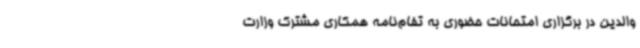
والدین در برگزاری امتحانات حضوری به تفام‌نامه همکاری مشترک وزارت